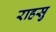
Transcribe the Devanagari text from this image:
राहसु